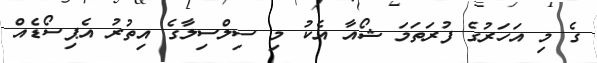
ގެ މި އަހަރުގެ ފުރަތަމަ ޝޯއާ އެކު މި ސިލްސިލާގެ އިތުރު އެޕިސޯޑެއް